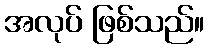
အလုပ် ဖြစ်သည်။